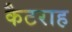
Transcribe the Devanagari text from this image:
कैटराह